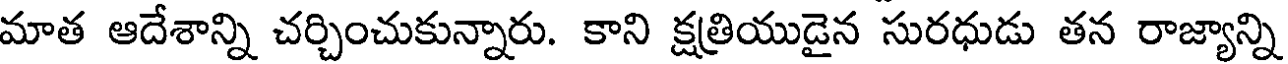
మాత ఆదేశాన్ని చర్చించుకున్నారు. కాని క్షత్రియుడైన సురధుడు తన రాజ్యాన్ని